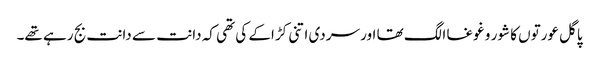
پاگل عورتوں کا شور و غوغا الگ تھا اور سردی اتنی کڑاکے کی تھی کہ دانت سے دانت بج رہے تھے۔